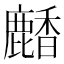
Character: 𪋒